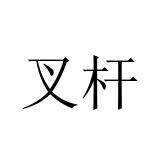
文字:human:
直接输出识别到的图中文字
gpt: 叉杆